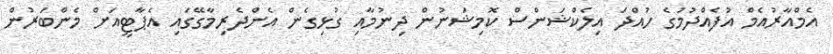
އެމްއާރުއެމް އުފެއްދުމުގެ ހުއްދަ އިލެކްޝަންސް ކޮމިޝަނުން ދިނުމާއި ގުޅިގެން އެންދެރިމާގޭގައި އެޕާޓީއަށް މެންބަރުން